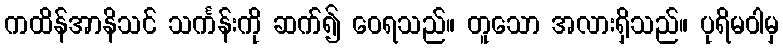
ကထိန်အာနိသင် သင်္ကန်းကို ဆက်၍ ဝေရသည်။ တူသော အလားရှိသည်။ ပုရိမဝါမှ